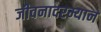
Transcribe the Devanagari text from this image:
जीवनादरम्यान